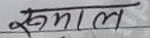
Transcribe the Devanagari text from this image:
सुमाल